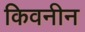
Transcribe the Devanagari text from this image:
किवनीन